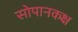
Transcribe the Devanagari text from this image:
सोपानकक्ष